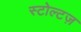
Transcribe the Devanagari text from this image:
स्टोल्टज़